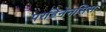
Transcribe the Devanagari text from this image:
परडिनेनसिस